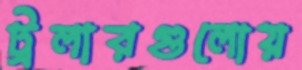
ট্রলারগুলোয়